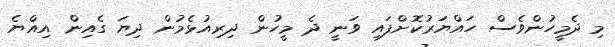
މި ދެމީހުންވެސް ހައްޔަރުކޮށްފައި ވަނީ ދެ މީހުން ދިރިއުޅެމުން ދިޔަ ގެއިން އިއްޔެ